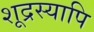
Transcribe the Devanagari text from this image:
शूद्रस्यापि